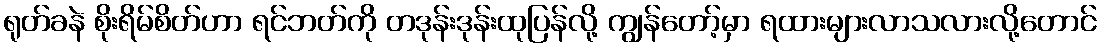
ရုတ်ခနဲ စိုးရိမ်စိတ်ဟာ ရင်ဘတ်ကို တဒုန်းဒုန်းထုပြန်လို့ ကျွန်တော့်မှာ ရထားများလာသလားလို့တောင်